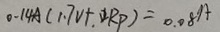
0 . 1 4 A ( 1 . 7 V + 2 R P ) = 0 . 0 8 A